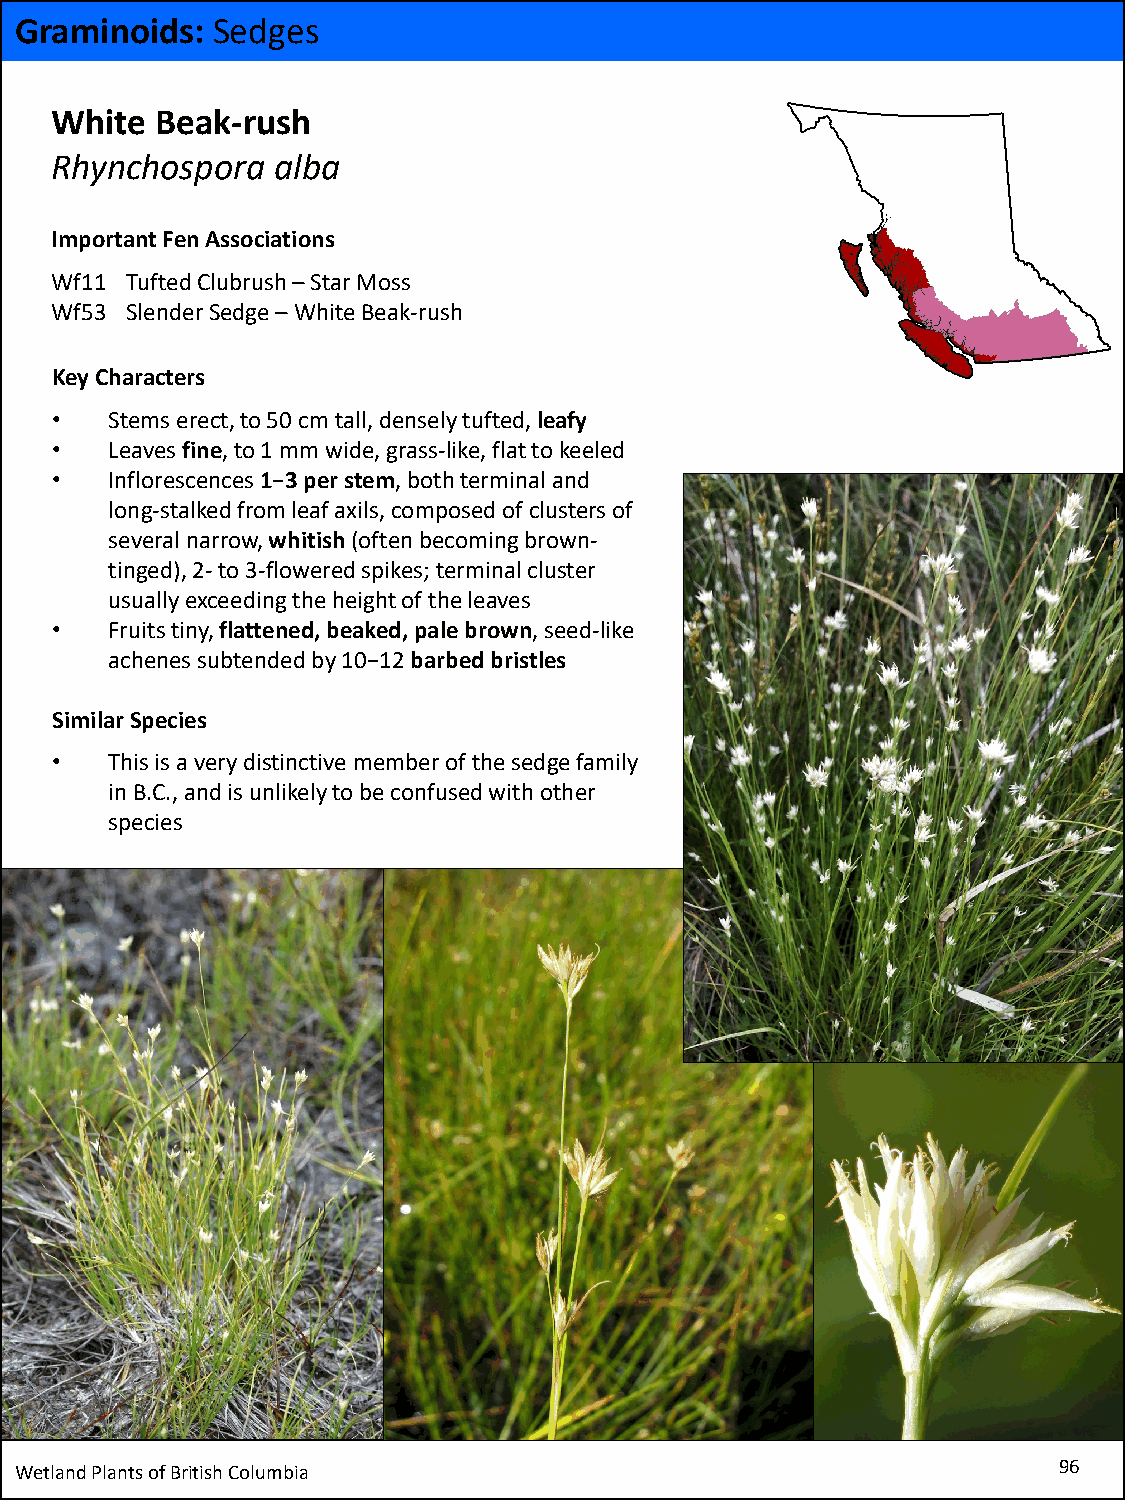
Graminoids:  Sedges
 White  Beak-rush
 Rhynchospora   alba
 Important Fen Associations
 Wf11 Tufted Clubrush–Star Moss
 Wf53 Slender Sedge –White Beak-rush
 Key Characters
 •   Stems erect, to 50 cm tall, densely tufted, leafy
 •   Leaves fine, to 1 mm wide, grass-like, flat to keeled
 •   Inflorescences 1−3 per stem, both terminal and
 long-stalked from leaf axils, composed of clusters of
 several narrow, whitish (often becoming brown-
 tinged), 2-to 3-flowered spikes; terminal cluster
 usually exceeding the height of the leaves
 •   Fruits tiny, flattened,beaked,pale brown, seed-like
 achenes subtended by 10−12 barbed bristles
 Similar Species
 •   This is a very distinctive member of the sedge family
 in B.C., and is unlikely to be confused with other
 species
 Wetland Plants of British Columbia                                   96